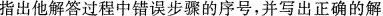
指出他解答过程中错误步骤的序号，并写出正确的解